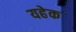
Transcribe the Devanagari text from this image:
यहेक